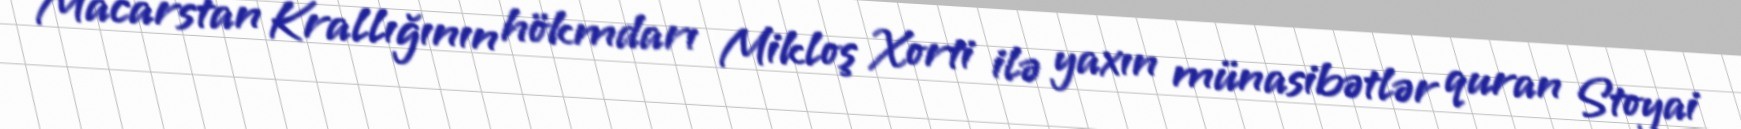
Macarstan Krallığının hökmdarı Mikloş Xorti ilə yaxın münasibətlər quran Stoyai